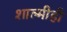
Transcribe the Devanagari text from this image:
शाल्मीही